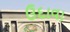
ઉદાવા